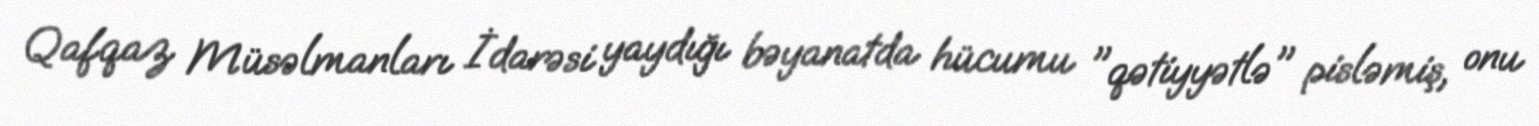
Qafqaz Müsəlmanları İdarəsi yaydığı bəyanatda hücumu "qətiyyətlə" pisləmiş, onu